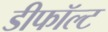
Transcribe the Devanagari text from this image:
डीफॉल्ट